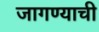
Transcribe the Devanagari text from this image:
जागण्याची